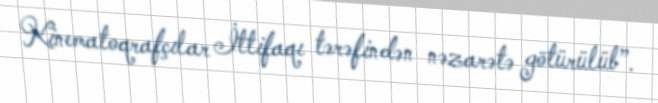
Kinematoqrafçılar İttifaqı tərəfindən nəzarətə götürülüb”.